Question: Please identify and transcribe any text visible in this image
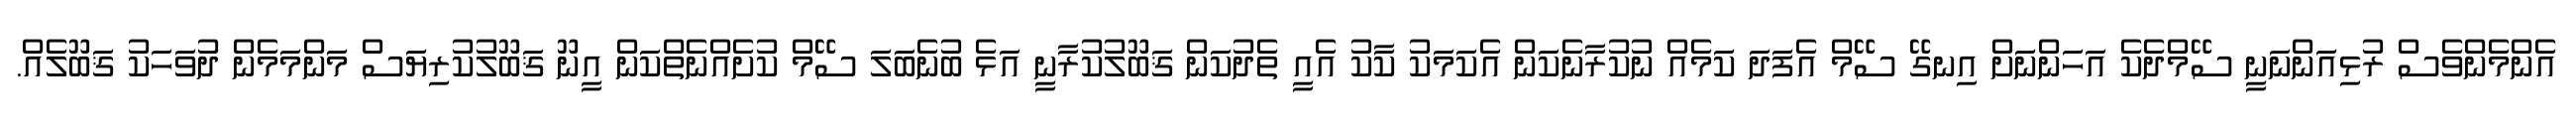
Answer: އެންމެންވެސް ރުޅިއަންނަނީ ސޭމްދެކެ އަހަންނަށް އިނގޭ ސޭމް އެފަދަ ކަމެއް ނުކުރާނެކަން އެކަމަކު ކާކު އެއީ ތެދުކަން ޤަބޫލުކުރާނީ އަޅެ ބުނެބަލަ ސޭމް ކުށެއްނެތްކަން އީނޫ ޤަބޫލުކުރިޔަސް މަންމަމެން ދުވަހަކު ޤަބޫލެއް.